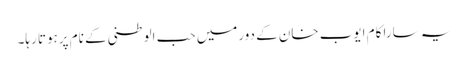
یہ سارا کام ایوب خان کے دورمیں حب الوطنی کے نام پرہوتا رہا۔